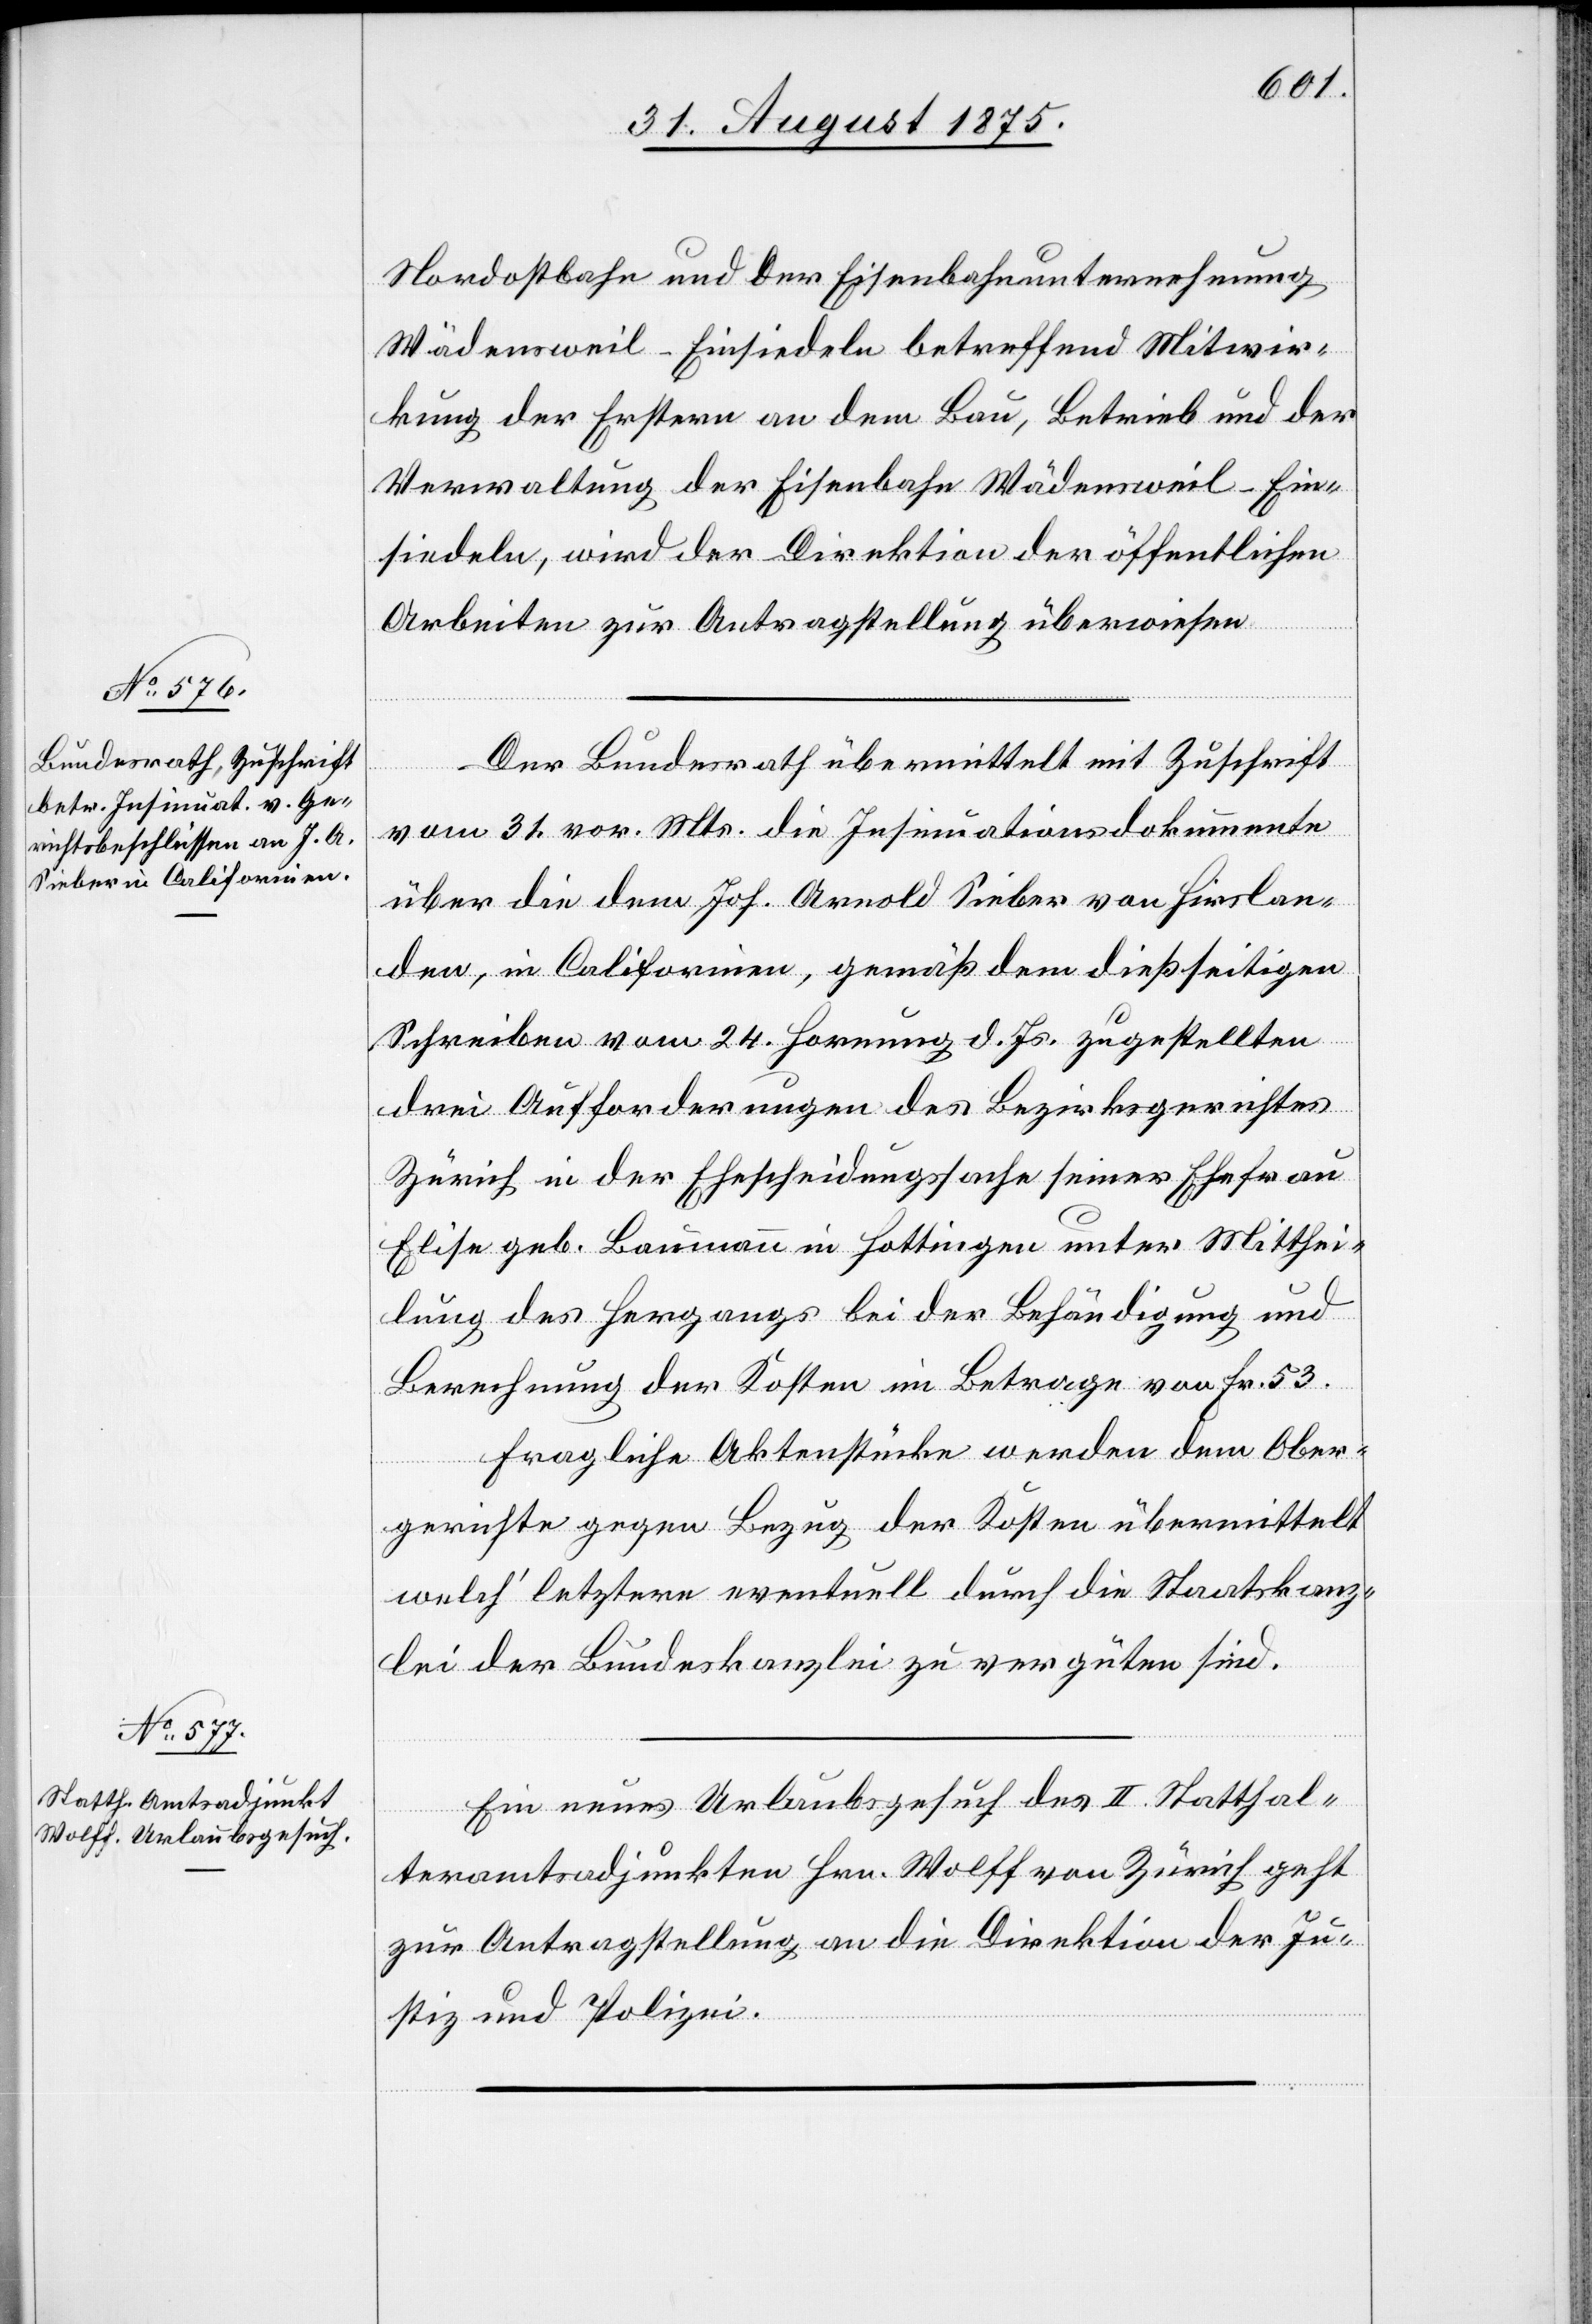
Nordostbahn und der Eisenbahnunternehmung
Wädensweil-Einsiedeln betreffend Mitwir¬
kung der Erstern an dem Bau, Betrieb und der
Verwaltung der Eisenbahn Wädensweil–Ein¬
siedeln wird der Direktion der öffentlichen
Arbeiten zur Antragstellung überwiesen.
Der Bundesrath übermittelt mit Zuschrift
vom 31. vor. Mts. die Insinuationsdokumente
über die dem Joh. Arnold Sieber von Hirslan¬
den, in Californien, gemäß dem dießseitigen
Schreiben vom 24. Hornung d. Js. zugestellten
drei Aufforderungen des Bezirksgerichtes
Zürich in der Ehescheidungssache seiner Ehefrau
Elise geb. Baumann in Hottingen unter Mitthei¬
lung des Hergangs bei der Behändigung und
Berechnung der Kosten im Betrage von Fr. 53.
Fragliche Aktenstücke werden dem Ober¬
gerichte gegen Bezug der Kosten übermittelt
welch‘ letztere eventuell durch die Staatskanz¬
lei der Bundeskanzlei zu vergüten sind.
Ein neues Urlaubsgesuch des II. Statthal¬
teramtsadjunkten Hrn. Wolff von Zürich geht
zur Antragstellung an die Direktion der Ju¬
stiz und Polizei.